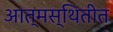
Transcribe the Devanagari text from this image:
आत्मस्थितीत